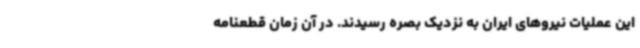
این عملیات نیروهای ایران به نزدیک بصره رسیدند. در آن زمان قطعنامه